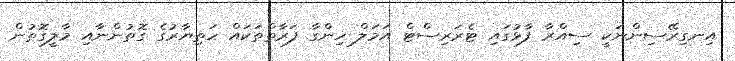
އިނގިރޭސިންނަކީ ސިއްރާ ފާޅުގައި ޓެރަރިސްޓް އަމަލް ހިންގާ ފަރާތްތަކައް ހަތިޔާރުގެ ގޮތުންނާއި މާލީގޮތުން